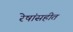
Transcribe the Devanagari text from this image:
रेषांसहीत